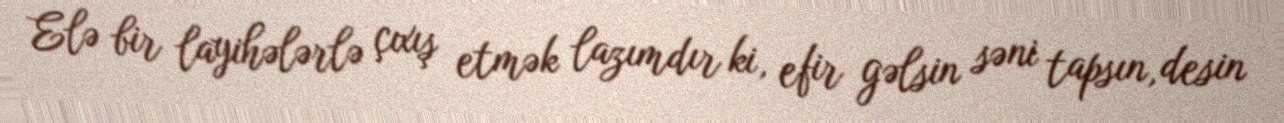
Elə bir layihələrlə çıxış etmək lazımdır ki, efir gəlsin səni tapsın, desin